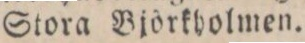
Stora Björkholmen.